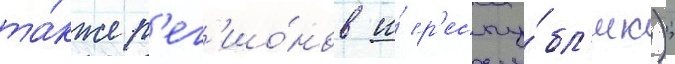
та́кже р'ег'ио́нов и́ р'еспу́бл'ик);